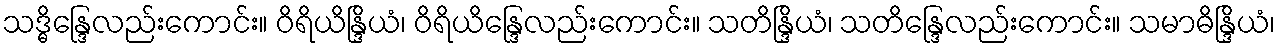
သဒ္ဓိန္ဒြေလည်းကောင်း။ ဝိရိယိန္ဒြိယံ၊ ဝိရိယိန္ဒြေလည်းကောင်း။ သတိန္ဒြိယံ၊ သတိန္ဒြေလည်းကောင်း။ သမာဓိန္ဒြိယံ၊